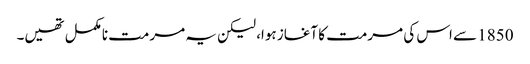
1850 سے اس کی مرمت کا آغاز ہوا، لیکن یہ مرمت نامکمل تھیں۔